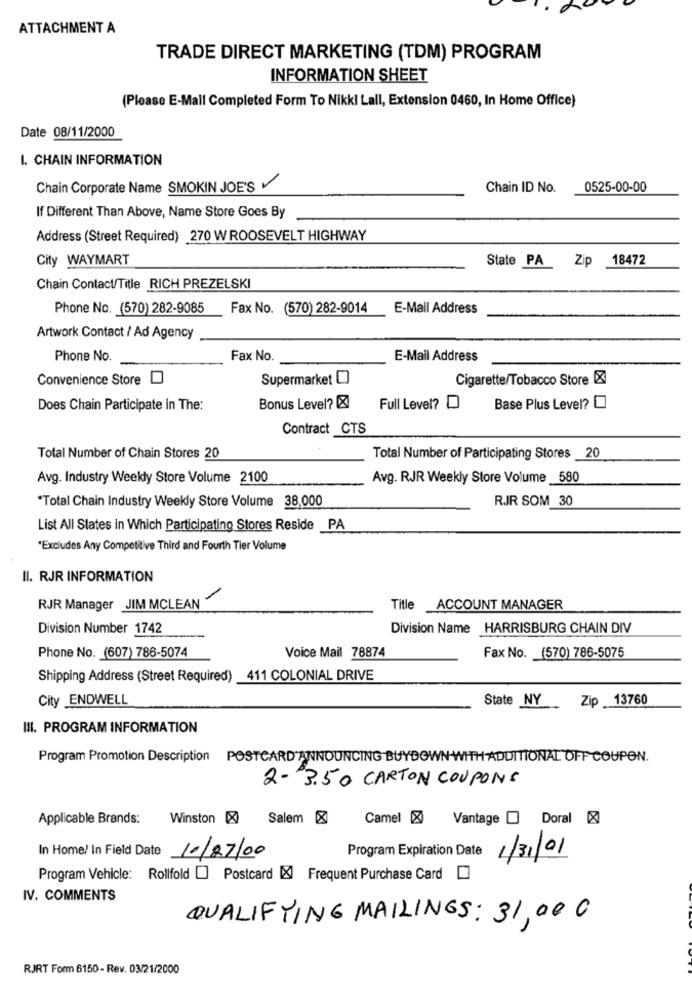
ATTACHMENT A
TRADE DIRECT MARKETING (TDM) PROGRAM
INFORMATION SHEET
(Please E-Mail Completed Form To Nikki Lall, Extension 0460, In Home Office)
Date 08/11/2000
I. CHAIN INFORMATION
Chain Corporate Name SMOKIN JOE'S
Chain ID No.
0525-00-00
If Different Than Above, Name Store Goes By
Address (Street Required) 270 W ROOSEVELT HIGHWAY
City WAYMART
State PA
Zip 18472
Chain Contact/Title RICH PREZELSKI
Phone No. (570) 282-9085
Fax No. (570) 282-9014
E-Mail Address
Artwork Contact / Ad Agency
Phone No.
Fax No.
E-Mail Address
Convenience Store
Supermarket [
Cigarette/Tobacco Store [X
Does Chain Participate in The:
Bonus Level? X
Full Level? D
Base Plus Level? [
Contract _CTS
Total Number of Chain Stores 20
Total Number of Participating Stores _20
Avg. Industry Weekly Store Volume 2100
Avg. RJR Weekly Store Volume 580
*Total Chain Industry Weekly Store Volume 38,000
RJR SOM 30
List All States in Which Participating Stores Reside PA
"Excludes Any Competitive Third and Fourth Tier Volume
II. RJR INFORMATION
RJR Manager JIM MCLEAN
Title ACCOUNT MANAGER
Division Number 1742
Division Name HARRISBURG CHAIN DIV
Phone No. (607) 786-5074
Voice Mail 78874
Fax No. (570) 786-5075
Shipping Address (Street Required) 411 COLONIAL DRIVE
City ENDWELL
Zip 13760
State NY
III. PROGRAM INFORMATION
Program Promotion Description POSTCARD ANNOUNCING BUYDOWN WITH ADDITIONAL OFF COUPON.
2-3.50 CARTON COUPONS
Applicable Brands:
Winston [X
Salem X
Camel
Vantage [ Doral X
In Home/ In Field Date
Program Expiration Date
10/27/00
1/31/01
Program Vehicle: Rollfold [] Postcard [X] Frequent Purchase Card
IV. COMMENTS
QUALIFYING MAILINGS: 31,00 0
RJRT Form 6150 - Rev. 03/21/2000